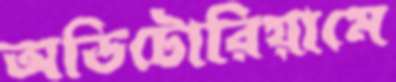
অডিটোরিয়ামে